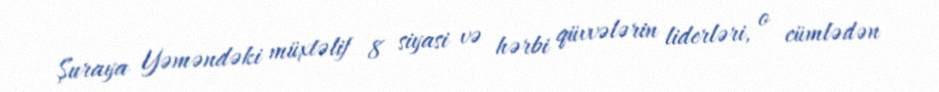
Şuraya Yəməndəki müxtəlif 8 siyasi və hərbi qüvvələrin liderləri, o cümlədən